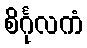
စိင်္ဂုလကံ